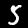
Label: 5